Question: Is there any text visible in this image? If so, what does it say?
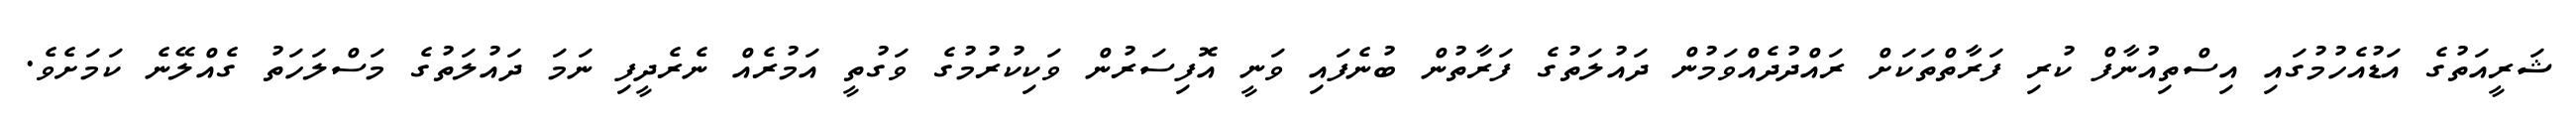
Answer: ޝަރީއަތުގެ އަޑުއެހުމުގައި އިސްތިއުނާފް ކުރި ފަރާތްތަކަށް ރައްދުދެއްވަމުން ދައުލަތުގެ ފަރާތުން ބުނެފައި ވަނީ އޮފިސަރުން ވަކިކުރުމުގެ ވަގުތީ އަމުރެއް ނެރެދީފި ނަމަ ދައުލަތުގެ މަސްލަހަތު ގެއްލޭނެ ކަމަށެވެ.